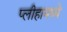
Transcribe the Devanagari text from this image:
प्लीहामध्ये